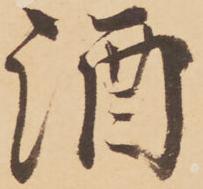
酒